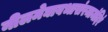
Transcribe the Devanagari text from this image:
नीलमेघावभासंरमामंदिरं